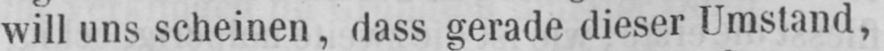
will uns scheinen, dass gerade dieser Umstand,